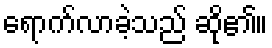
ရောက်လာခဲ့သည် ဆို၏။